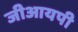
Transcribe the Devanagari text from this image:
जीआयपी